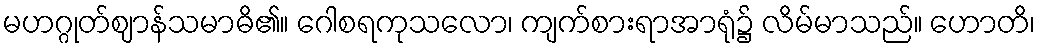
မဟဂ္ဂုတ်ဈာန်သမာဓိ၏။ ဂေါစရကုသလော၊ ကျက်စားရာအာရုံ၌ လိမ်မာသည်။ ဟောတိ၊